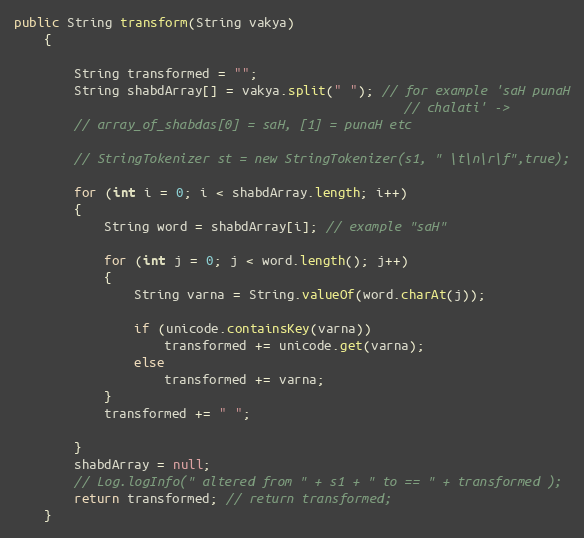
Language: Java
public String transform(String vakya)
    {

        String transformed = "";
        String shabdArray[] = vakya.split(" "); // for example 'saH punaH
                                                    // chalati' ->
        // array_of_shabdas[0] = saH, [1] = punaH etc

        // StringTokenizer st = new StringTokenizer(s1, " \t\n\r\f",true);

        for (int i = 0; i < shabdArray.length; i++)
        {
            String word = shabdArray[i]; // example "saH"

            for (int j = 0; j < word.length(); j++)
            {
                String varna = String.valueOf(word.charAt(j));

                if (unicode.containsKey(varna))
                    transformed += unicode.get(varna);
                else
                    transformed += varna;
            }
            transformed += " ";

        }
        shabdArray = null;
        // Log.logInfo(" altered from " + s1 + " to == " + transformed );
        return transformed; // return transformed;
    }